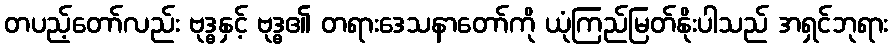
တပည့်တော်လည်း ဗုဒ္ဓနှင့် ဗုဒ္ဓ၏ တရားဒေသနာတော်ကို ယုံကြည်မြတ်နိုးပါသည် အရှင်ဘုရား